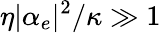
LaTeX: \eta|\alpha_{e}|^{2}/\kappa\gg 1